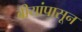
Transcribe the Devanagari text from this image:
बीयांपासून